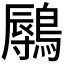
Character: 𬷨